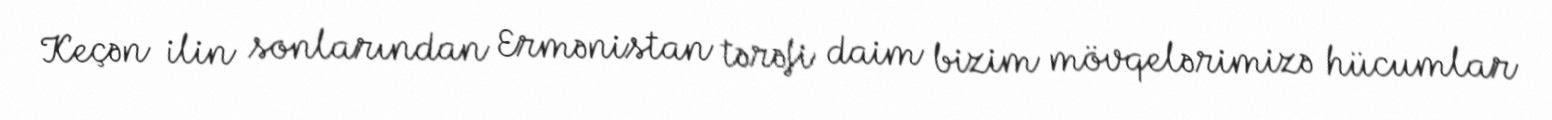
Keçən ilin sonlarından Ermənistan tərəfi daim bizim mövqelərimizə hücumlar